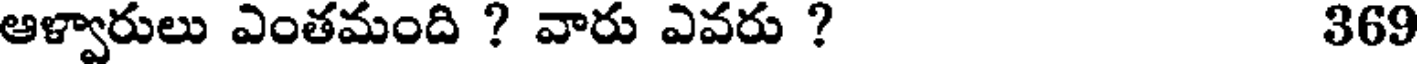
ఆళ్వారులు ఎంతమంది ? వారు ఎవరు ? 369